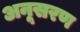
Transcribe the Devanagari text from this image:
अनूसरण